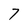
Character: 7